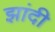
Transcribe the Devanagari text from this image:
झांदी